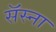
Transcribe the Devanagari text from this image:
सॅस्ना